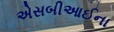
એસબીઆઈના